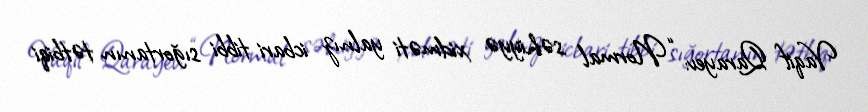
Vaqif Qarayev: “Normal səhiyyə xidməti yalnız icbari tibbi sığortanın tətbiqi